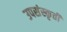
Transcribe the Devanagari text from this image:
उपसंस्कृती